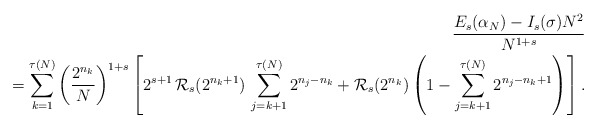
\begin{align*}\frac{E_{s}(\alpha_{N})-I_{s}(\sigma) N^{2}}{N^{1+s}}\\=\sum_{k=1}^{\tau(N)}\left(\frac{2^{n_{k}}}{N}\right)^{1+s}\left[2^{s+1}\,\mathcal{R}_{s}(2^{n_{k}+1})\,\sum_{j=k+1}^{\tau(N)}2^{n_{j}-n_{k}}+\mathcal{R}_{s}(2^{n_{k}})\left(1-\sum_{j=k+1}^{\tau(N)} 2^{n_{j}-n_{k}+1}\right)\right].\end{align*}